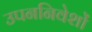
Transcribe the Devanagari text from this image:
उपननिवेशों